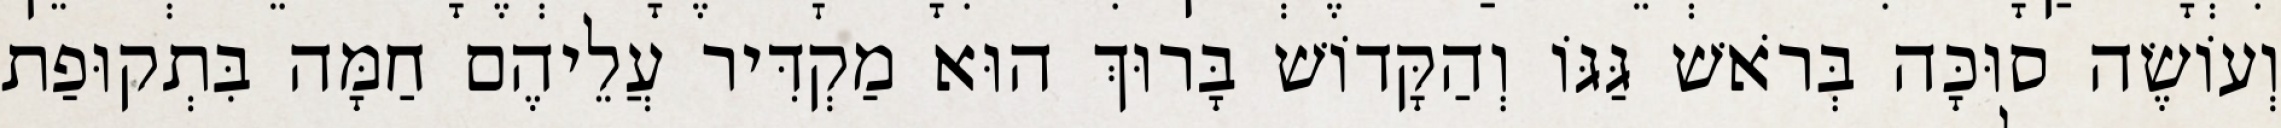
וְעוֹשֶׂה סוּכָּה בְּרֹאשׁ גַּגּוֹ וְהַקָּדוֹשׁ בָּרוּךְ הוּא מַקְדִּיר עֲלֵיהֶם חַמָּה בִּתְקוּפַת